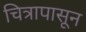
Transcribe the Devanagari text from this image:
चित्रापासून